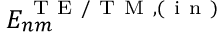
E _ { n m } ^ { \mathrm { ~ T ~ E ~ / ~ T ~ M ~ } , ( \mathrm { ~ i ~ n ~ } ) }